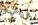
ورائهم